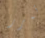
تمرر